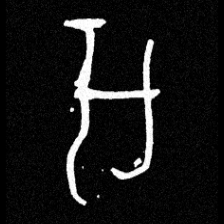
Pyu character \u2014 Myanmar letter: အ (romanized: a)